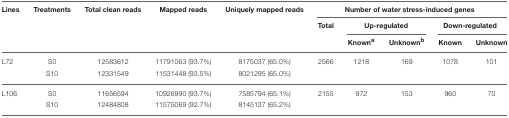
| Lines | Treatments | Total clean reads | Mapped reads | Uniquely mapped reads | <COLSPAN=5> Number of water stress-induced genes |
 |  |  |  |  |  | Total | <COLSPAN=2> Up-regulated | <COLSPAN=2> Down-regulated |
 |  |  |  |  |  |  | Knowna | Unknownb | Known | Unknown |
 | --- | --- | --- | --- | --- | --- | --- | --- | --- | --- |
 | L72 | S0 | 12583612 | 11791063 (93.7%) | 8175037 (65.0%) | 2566 | 1218 | 169 | 1078 | 101 |
 |  | S10 | 12331549 | 11531448 (93.5%) | 8021295 (65.0%) |  |  |  |  |  |
 | L106 | S0 | 11656594 | 10926990 (93.7%) | 7585794 (65.1%) | 2155 | 972 | 153 | 960 | 70 |
 |  | S10 | 12484808 | 11575069 (92.7%) | 8145137 (65.2%) |  |  |  |  |  |